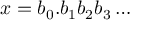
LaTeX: x = b _ { 0 } . b _ { 1 } b _ { 2 } b _ { 3 } \ldots